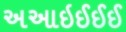
અઆઇઈઈઈ